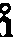
å